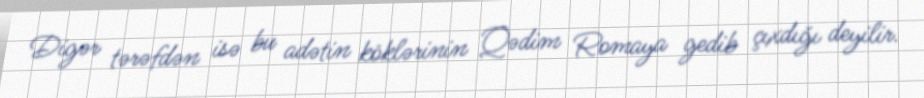
Digər tərəfdən isə bu adətin köklərinin Qədim Romaya gedib çıxdığı deyilir.